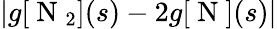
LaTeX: |g[\mathrm{~N~}_{2}](s)-2g[\mathrm{~N~}](s)|